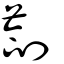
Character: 剳